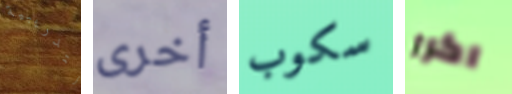
التدريبية أخرى سكوب اكرر